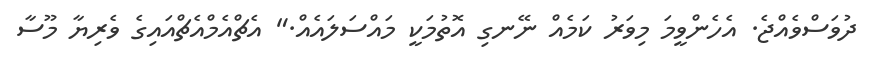
ދުވަސްވެއްޖެ. އެހެންވީމަ މިވަރު ކަމެއް ނޭނގި އޮތުމަކީ މައްސަލައެއް." އެޗްއެމްއެޗްއައިގެ ވެރިޔާ މޫސާ